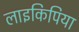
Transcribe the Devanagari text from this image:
लाइकिपिया